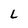
Character: L